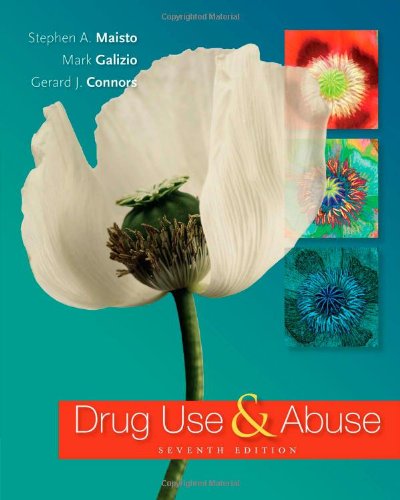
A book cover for Drug Use and Abuse; Stephen A. Maisto; Health, Fitness & Dieting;